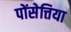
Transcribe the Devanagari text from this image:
पोंसेत्तिया